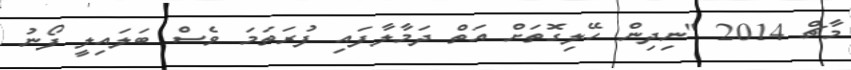
މާޗް 2014 "ނިދިން ހޭލިގޮތަށް އަތް ދަމާލާފައި ފުރަތަމަ ވެސް ބަލައިލީ ފޯނު